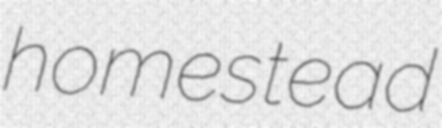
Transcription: homestead